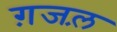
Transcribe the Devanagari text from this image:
ग़जल़